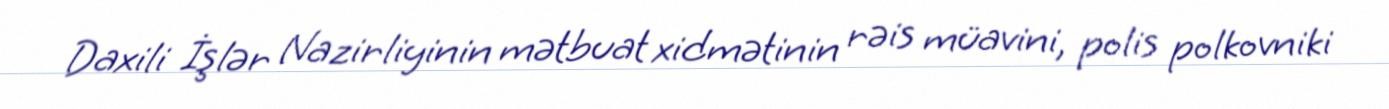
Daxili İşlər Nazirliyinin mətbuat xidmətinin rəis müavini, polis polkovniki